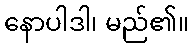
နောပါဒါ၊ မည်၏။